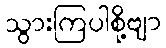
သွားကြပါစို့ဗျာ